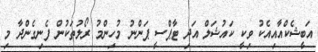
އަބީޝެކްއާއިއެކު ވިކީ ކައުޝަލް އަދި ޓާޕްސީ ޕަންނު މުހިންމު ރޯލުތަކުން ފެނިގެންދާ މި